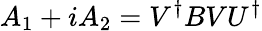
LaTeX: A_{1}+iA_{2}=V^{\dagger}BVU^{\dagger}